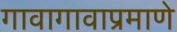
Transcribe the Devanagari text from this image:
गावागावाप्रमाणे